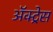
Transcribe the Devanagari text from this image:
ॲक्ट्रेस